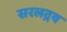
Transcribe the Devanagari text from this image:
सरलद्रव